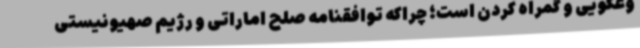
وغگویی و گمراه کردن است؛ چراکه توافقنامه صلح اماراتی و رژیم صهیونیستی